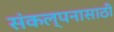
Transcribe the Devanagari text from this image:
संकल्पनासाठी